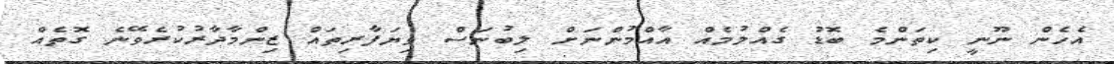
އެހެން ނޫނީ ކިތަންމެ ބޮޑު ގެއްލުމެއް އާއްމުންނަށް ލިބުނަސް ވިިޔަފާރިތައް ޒިންމާދާރުކުރެވޭނެ ގޮތެއް